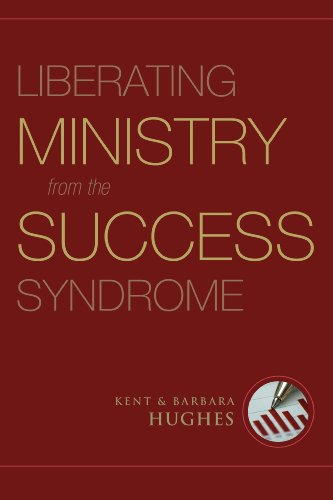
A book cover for Liberating Ministry from the Success Syndrome; R. Kent Hughes; Christian Books & Bibles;